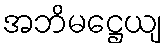
အဘိမဋ္ဌေယျ